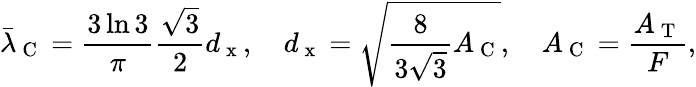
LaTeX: \bar{\lambda}_{\mathrm{~C~}}=\frac{3\ln 3}{\pi}\frac{\sqrt{3}}{2}d_{\mathrm{~x~}},\quad d_{\mathrm{~x~}}=\sqrt{\frac{8}{3\sqrt{3}}A_{\mathrm{~C~}}},\quad A_{\mathrm{~C~}}=\frac{A_{\mathrm{~T~}}}{F},